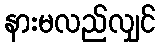
နားမလည်လျှင်